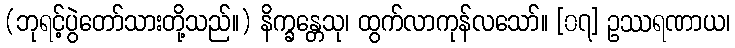
(ဘုရင့်ပွဲတော်သားတို့သည်။) နိက္ခန္တေသု၊ ထွက်လာကုန်လသော်။ [၀၇] ဥဿရဏာယ၊